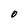
Character: O